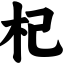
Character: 杞